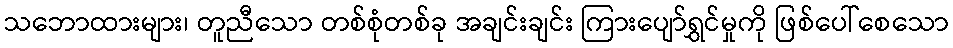
သဘောထားများ၊ တူညီသော တစ်စုံတစ်ခု အချင်းချင်း ကြားပျော်ရွှင်မှုကို ဖြစ်ပေါ်စေသော